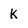
Character: k